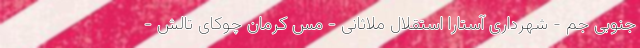
جنوبی جم - شهرداری آستارا استقلال ملاثانی - مس کرمان چوکای تالش -